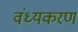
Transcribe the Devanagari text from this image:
वंध्यकरण